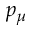
p _ { \mu }